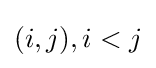
(i,j),i<j